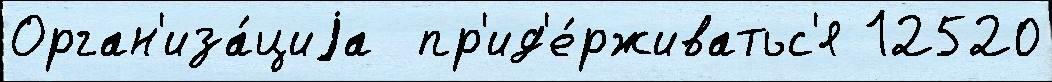
Орган'иза́циjа  пр'ид'е́рживатьс'я 12520